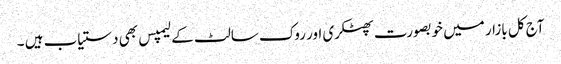
آج کل بازار میں خوبصورت پھٹکری اور روک سالٹ کے لیمپس بھی دستیاب ہیں ۔